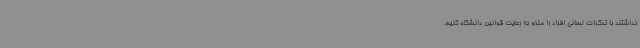
نداشتند با تذکرات لسانی افراد را ملزم به رعایت قوانین دانشگاه کنیم.